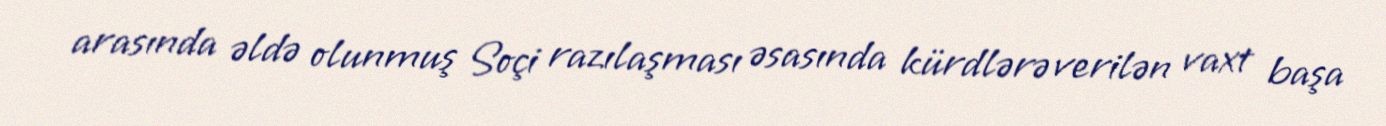
arasında əldə olunmuş Soçi razılaşması əsasında kürdlərə verilən vaxt başa